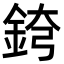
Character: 𨦘